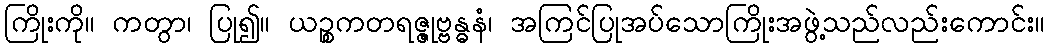
ကြိုးကို။ ကတွာ၊ ပြု၍။ ယဉ္စကတရဇ္ဇုဗ္ဗန္ဓနံ၊ အကြင်ပြုအပ်သောကြိုးအဖွဲ့သည်လည်းကောင်း။